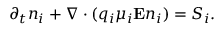
{ \partial _ { t } n _ { i } + \nabla \cdot ( q _ { i } \mu _ { i } \mathbf { E } n _ { i } ) = S _ { i } . }